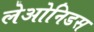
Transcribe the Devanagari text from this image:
लेओनिडस